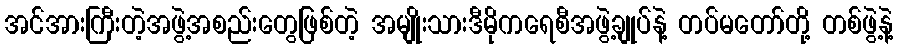
အင်အားကြီးတဲ့အဖွဲ့အစည်းတွေဖြစ်တဲ့ အမျိုးသားဒီမိုကရေစီအဖွဲ့ချုပ်နဲ့ တပ်မတော်တို့ တစ်ဖွဲ့နဲ့